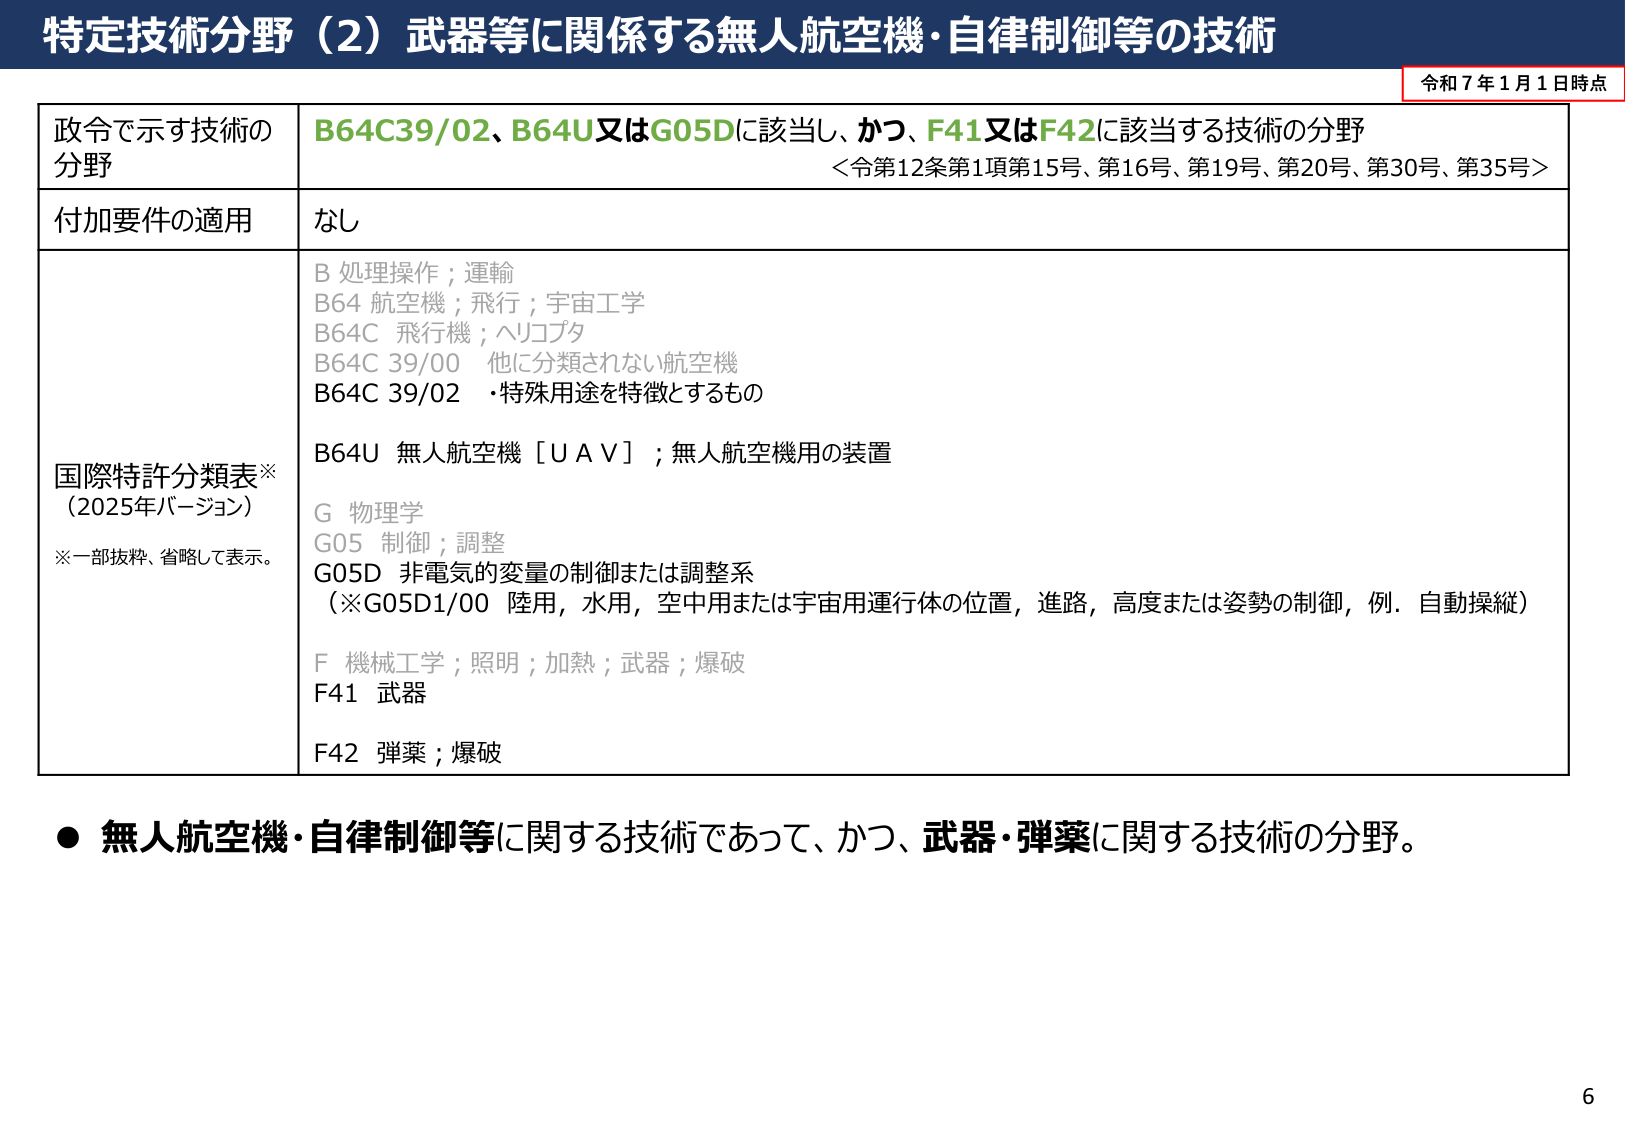
特定技術分野（2）武器等に関係する無人航空機・自律制御等の技術

令和7年1月1日時点

政令で示す技術の分野
B64C39/02、B64U又はG05Dに該当し、かつ、F41又はF42に該当する技術の分野
＜令第12条第1項第15号、第16号、第19号、第20号、第30号、第35号＞

付加要件の適用
なし

国際特許分類表※
（2025年バージョン）
※一部抜粋、省略して表示。

B 処理操作；運輸
B64 航空機；飛行；宇宙工学
B64C 飛行機；ヘリコプタ
B64C 39/00 他に分類されない航空機
B64C 39/02 ・特殊用途を特徴とするもの
B64U 無人航空機［ＵＡＶ］；無人航空機用の装置
G 物理学
G05 制御；調整
G05D 非電気的変量の制御または調整系
（※G05D1/00 陸用，水用，空中用または宇宙用運行体の位置，進路，高度または姿勢の制御，例．自動操縦）
F 機械工学；照明；加熱；武器；爆破
F41 武器
F42 弾薬；爆破

● 無人航空機・自律制御等に関する技術であって、かつ、武器・弾薬に関する技術の分野。

6